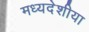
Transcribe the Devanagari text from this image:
मध्यदेशीया